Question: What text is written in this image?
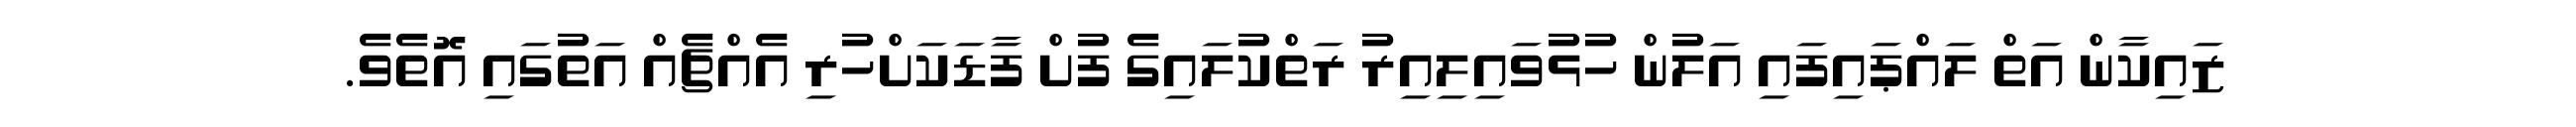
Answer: ޒައިކާން އަތް ލައްޕައިފައި އަލުން ހުޅުވައިލިއިރު ރަތްކުލައިގެ ފުށް ފާޑަކަށްހުރި އެއްޗެއް އަތުގައި އޮތެވެ.